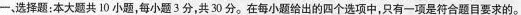
一、选择题：本大题共10小题，每小题3分，共30分。在每小题给出的四个选项中，只有一项是符合题目要求的。